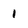
Character: 1